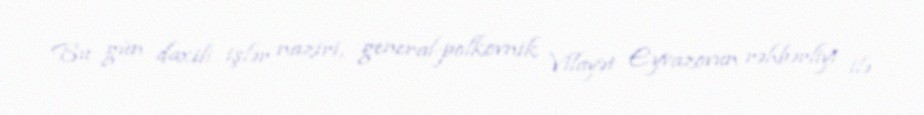
Bu gün daxili işlər naziri, general-polkovnik Vilayət Eyvazovun rəhbərliyi ilə